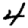
Digit: 4